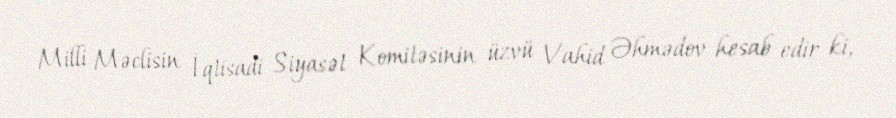
Milli Məclisin İqtisadi Siyasət Komitəsinin üzvü Vahid Əhmədov hesab edir ki,